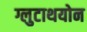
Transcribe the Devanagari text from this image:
ग्लुटाथयोन